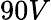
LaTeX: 90V